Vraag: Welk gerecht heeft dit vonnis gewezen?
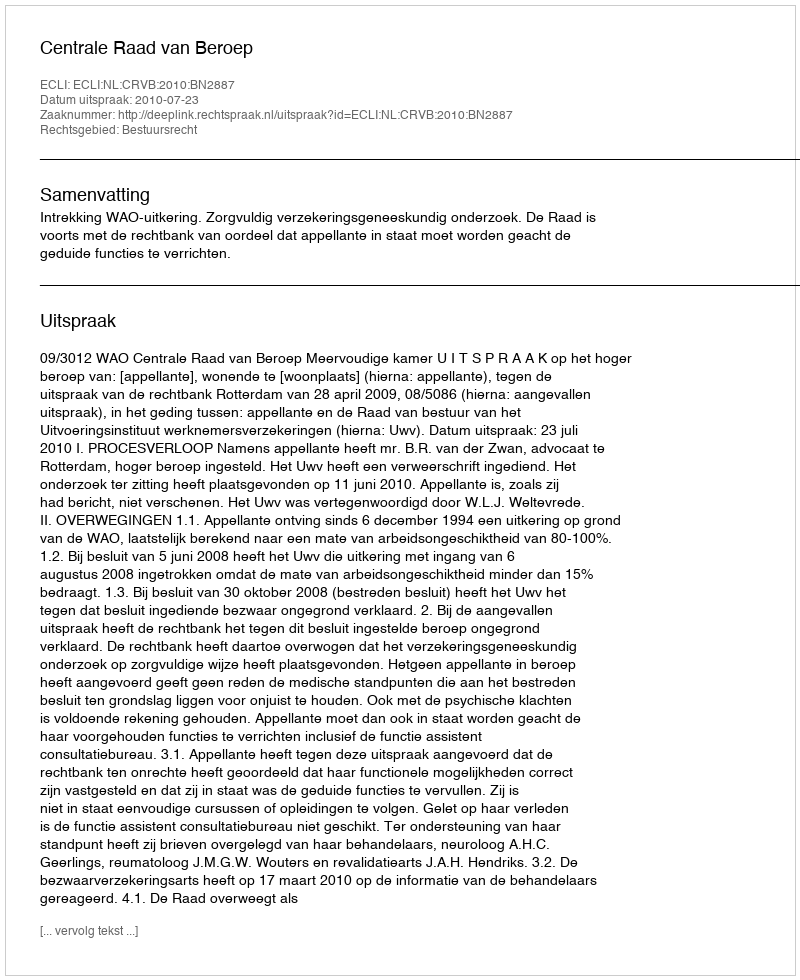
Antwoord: Centrale Raad van Beroep